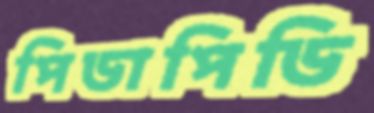
পিডাপিডি